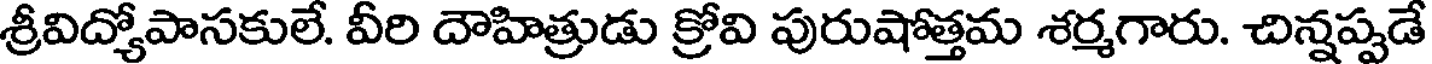
శ్రీవిద్యోపాసకులే. వీరి దౌహిత్రుడు క్రోవి పురుషోత్తమ శర్మగారు. చిన్నప్పడే